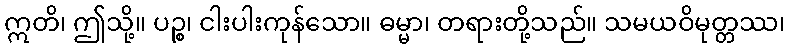
ဣတိ၊ ဤသို့။ ပဉ္စ၊ ငါးပါးကုန်သော။ ဓမ္မာ၊ တရားတို့သည်။ သမယဝိမုတ္တဿ၊